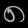
Digit: ၈